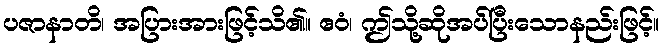
ပဇာနာတိ၊ အပြားအားဖြင့်သိ၏။ ဧဝံ၊ ဤသို့ဆိုအပ်ပြီးသောနည်းဖြင့်။